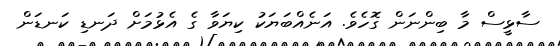
ސާޅީސް މާ ބިންނަން ގޮހެވެ. އަނެއްބަޔަކު ކިޔަވާ ގެ އެޅުމަށް ދަނޑި ކަނޑަން